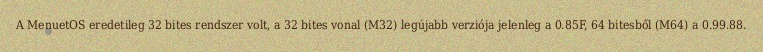
A MenuetOS eredetileg 32 bites rendszer volt, a 32 bites vonal (M32) legújabb verziója jelenleg a 0.85F, 64 bitesből (M64) a 0.99.88.